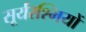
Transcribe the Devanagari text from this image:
सूर्यरश्मियों